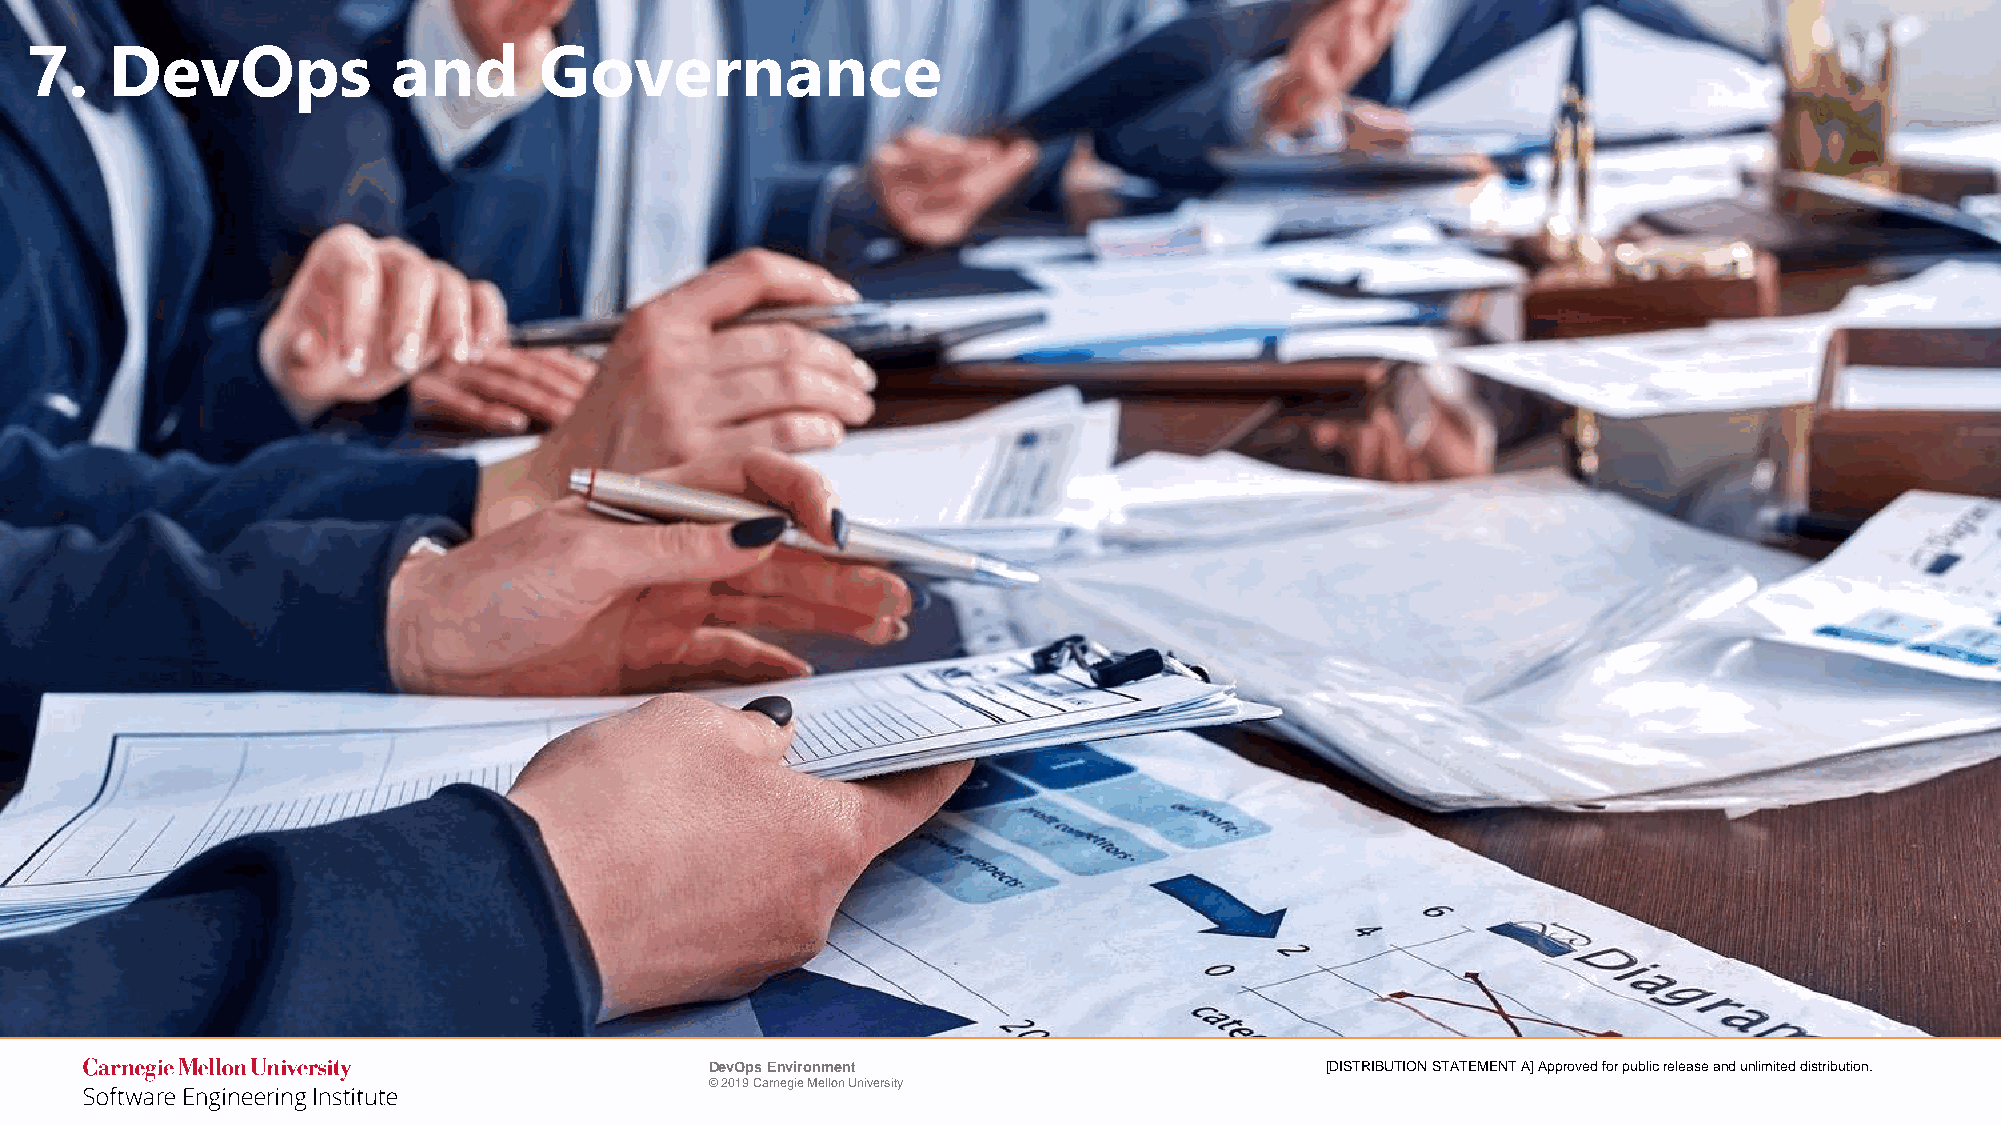
7.   DevOps             and       Governance
 DevOps Environment                       [DISTRIBUTION STATEMENT A] Approved for public release and unlimited distribution.
 © 2019 Carnegie Mellon University